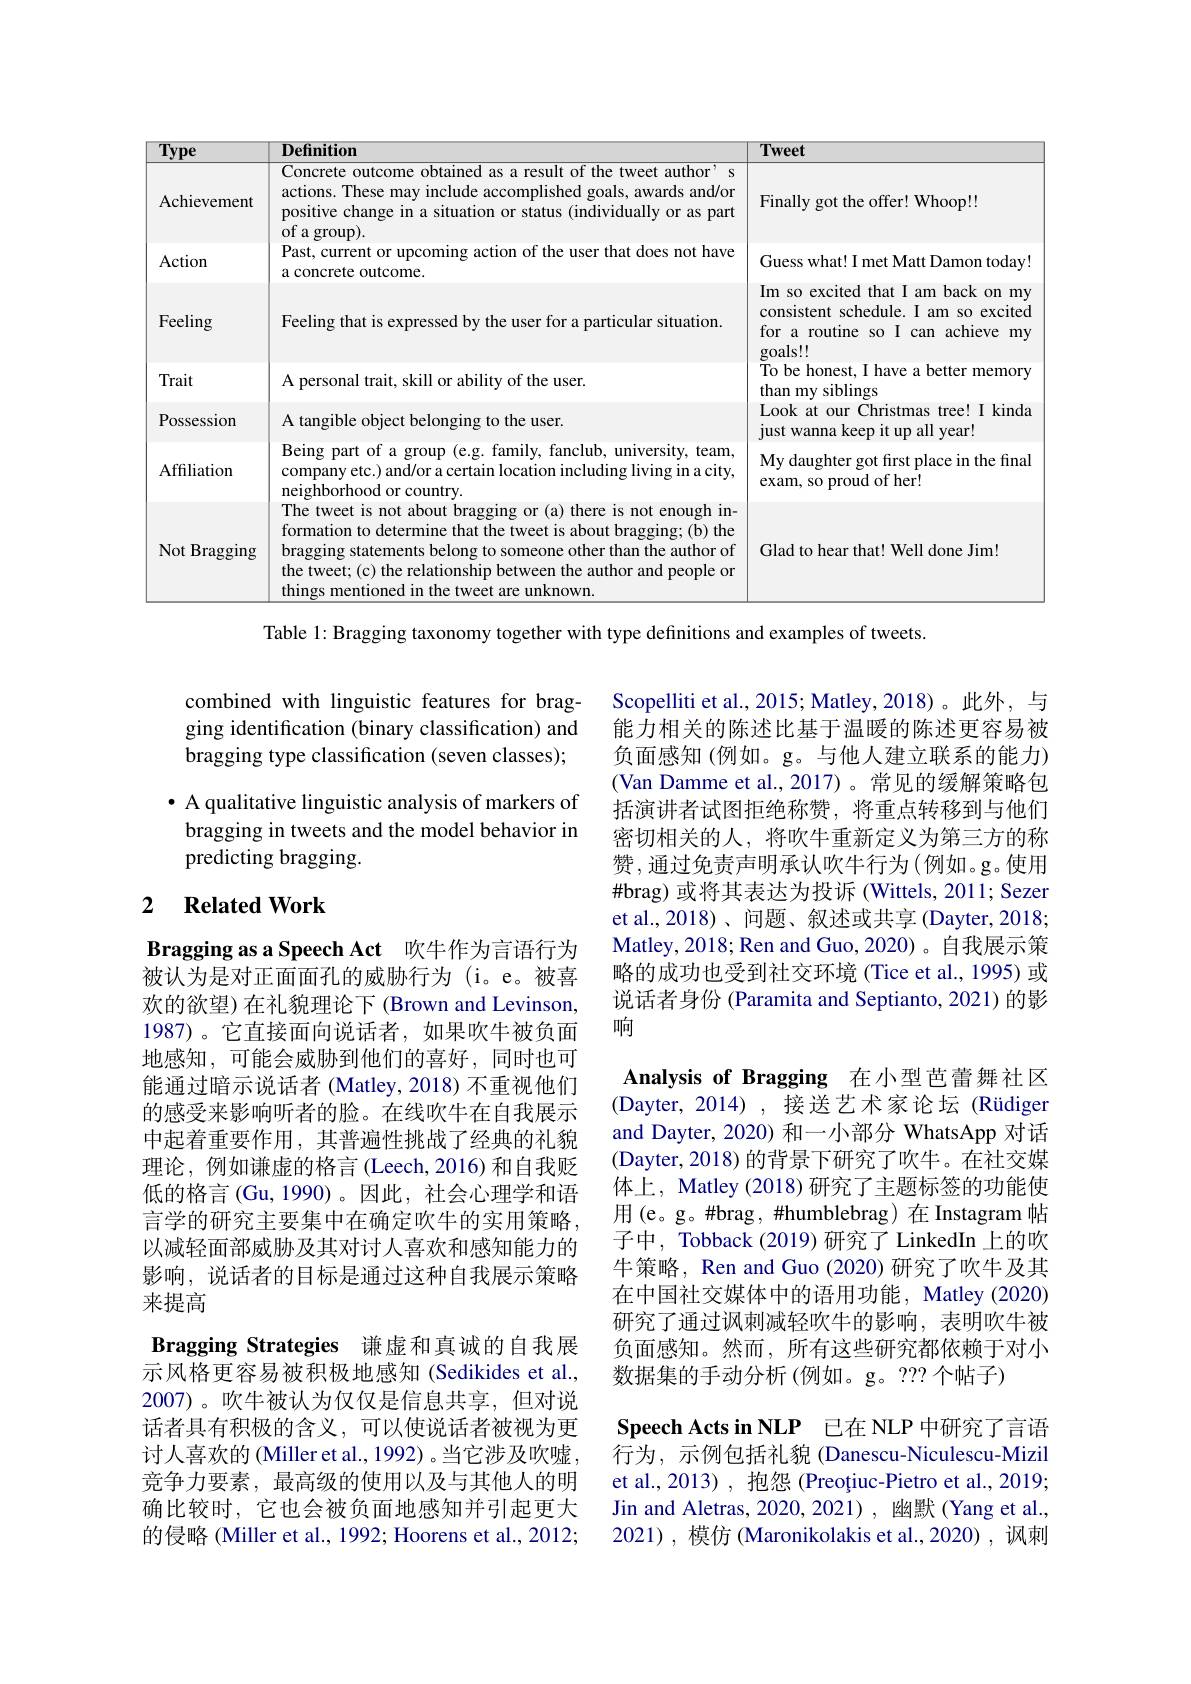
<table>
	<tbody>
		<tr>
			<th>Type</th>
			<th>Definition</th>
			<th>Tweet</th>
		</tr>
		<tr>
			<td>Achievement</td>
			<td>Concrete outcome obtained as a result of the tweet author' s actions. These may include accomplished goals, awards and/or positive change in a situation or status (individually or as part of a group).</td>
			<td>Finally got the offer! Whoop!!</td>
		</tr>
		<tr>
			<td>Action</td>
			<td>Past, current or upcoming action of the user that does not have a concrete outcome.</td>
			<td>Guess what! I met Matt Damon today</td>
		</tr>
		<tr>
			<td>Feeling</td>
			<td>Feeling that is expressed by the user for a particular situation</td>
			<td>Im so excited that I am back on my consistent schedule. I am so excited for a routine so I can achieve my goals!!</td>
		</tr>
		<tr>
			<td>Trait</td>
			<td>A personal trait, skill or ability of the user.</td>
			<td>To be honest, I have a better memory than my siblings</td>
		</tr>
		<tr>
			<td>Possession</td>
			<td>A tangible object belonging to the user.</td>
			<td>Look at our Christmas tree! I kinda just wanna keep it up all year!</td>
		</tr>
		<tr>
			<td>Affiliation</td>
			<td>Being part of a group (e.g. family, fanclub, university, team, company etc.) and/or a certain location including living in a city, neighborhood or country.</td>
			<td>My daughter got first place in the final exam, so proud of her!</td>
		</tr>
		<tr>
			<td>Not Bragging</td>
			<td>The tweet is not about bragging or (a) there is not enough in- formation to determine that the tweet is about bragging; (b) the bragging statements belong to someone other than the author of the tweet;(c) the relationship between the author and people or things mentioned in the tweet are unknown.</td>
			<td>Glad to hear that! Well done Jim!</td>
		</tr>
	</tbody>
</table>

Table 1: Bragging taxonomy together with type definitions and examples of tweets.

combined with linguistic features for bragging identification (binary classification) and bragging type classification (seven classes);

· A qualitative linguistic analysis of markers of bragging in tweets and the model behavior in predicting bragging.

Scopelliti et al., 2015; Matley, 2018)。此外，与能力相关的陈述比基于温暖的陈述更容易被负面感知(例如。g。与他人建立联系的能力) (Van Damme et al.,2017)。常见的缓解策略包括演讲者试图拒绝称赞，将重点转移到与他们密切相关的人，将吹牛重新定义为第三方的称赞，通过免责声明承认吹牛行为(例如。g。使用$\#$brag) 或将其表达为投诉 (Wittels, 2011; Sezer et al.,2018)、问题、叙述或共享 (Dayter,2018; Matley,2018; Ren and Guo, 2020)。自我展示策略的成功也受到社交环境(Tice et al., 1995) 或说话者身份 (Paramita and Septianto, 2021) 的影响

### 2 $\textbf{Related Work}$

Analysis of Bragging 在小型芭蕾舞社区(Dayter, 2014),接送艺术家论坛(Rüdiger and Dayter, 2020) 和一小部分 WhatsApp 对话(Dayter, 2018) 的背景下研究了吹牛。在社交媒体上，Matley (2018) 研究了主题标签的功能使用(e。g。#brag,#humblebrag)在Instagram 帖子中，Tobback (2019)研究了 LinkedIn 上的吹牛策略，Ren and Guo (2020) 研究了吹牛及其在中国社交媒体中的语用功能，Matley (2020) 研究了通过讽刺减轻吹牛的影响，表明吹牛被负面感知。然而，所有这些研究都依赖于对小数据集的手动分析 (例如。g。???个帖子)
$\textbf{Speech Acts in NLP}$ 已在 NLP 中研究了言语行为，示例包括礼貌 (Danescu-Niculescu-Mizil et al., 2013) , 抱怨 (Preoțiuc-Pietro et al., 2019; Jin and Aletras, 2020, 2021), 幽默(Yang et al., 2021),模仿 (Maronikolakis et al.,2020),讽刺

Bragging as a Speech Act 吹牛作为言语行为被认为是对正面面孔的威胁行为(i。e。被喜欢的欲望)在礼貌理论下 (Brown and Levinson, 1987)。它直接面向说话者，如果吹牛被负面地感知，可能会威胁到他们的喜好，同时也可能通过暗示说话者 (Matley, 2018) 不重视他们的感受来影响听者的脸。在线吹牛在自我展示中起着重要作用，其普遍性挑战了经典的礼貌理论，例如谦虚的格言(Leech,2016) 和自我贬低的格言 (Gu, 1990)。因此，社会心理学和语言学的研究主要集中在确定吹牛的实用策略， 以减轻面部威胁及其对讨人喜欢和感知能力的影响，说话者的目标是通过这种自我展示策略来提高
Bragging Strategies 谦虚和真诚的自我展示风格更容易被积极地感知 (Sedikides et al., 2007)。吹牛被认为仅仅是信息共享，但对说话者具有积极的含义，可以使说话者被视为更讨人喜欢的 (Miller et al., 1992) 。当它涉及吹嘘， 竞争力要素，最高级的使用以及与其他人的明确比较时，它也会被负面地感知并引起更大的侵略 (Miller et al., 1992; Hoorens et al., 2012;